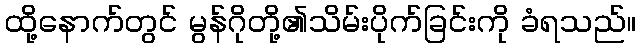
ထို့နောက်တွင် မွန်ဂိုတို့၏သိမ်းပိုက်ခြင်းကို ခံရသည်။